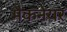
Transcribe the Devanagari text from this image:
मैकनेयर